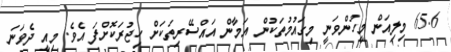
65.6 މިލިއަން މީހުންވަނީ މިގައުމުތަކުން އަމާން އައްސޭރިތަކަށް ހިޖުރަކޮށްފަ އެވެ. މިއީ ދެވަނަ